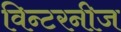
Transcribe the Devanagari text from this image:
विन्टरनीज